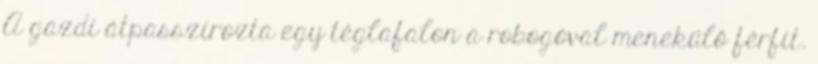
A gazdi átpasszírozta egy téglafalon a robogóval menekülő férfit.